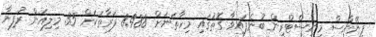
ފިނޭންސް މިނިސްޓްރީން ބުނެފައިވާ ގޮތުގައި މިހާތަނަށް 8